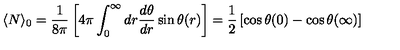
\langle N \rangle _ { 0 } = \frac { 1 } { 8 \pi } \left[ 4 \pi \int _ { 0 } ^ { \infty } d r \frac { d \theta } { d r } \sin \theta ( r ) \right] = \frac { 1 } { 2 } \left[ \cos \theta ( 0 ) - \cos \theta ( \infty ) \right]